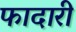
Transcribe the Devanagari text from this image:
फादारी